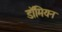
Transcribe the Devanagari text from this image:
डॉमियन